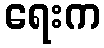
ရေးက